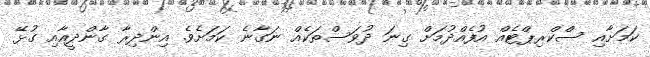
ކަމަށާއި ސްކްރިޕްޓެއް އުފެއްދުމަށް ގިނަ ދުވަސްތަކެއް ނަގާނެ ކަމަށެވެ. އިންދިރާ ގާންދީއާއި ގުޅޭ